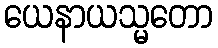
ယေနာယသ္မတော